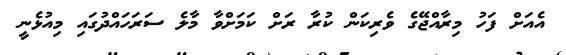
އެއަށް ފަހު މިރާއްޖޭގެ ވެރިކަން ކުރާ ރަށް ކަމަށްވާ މާލެ ސަރަހައްދުގައި މިއުޅެނީ